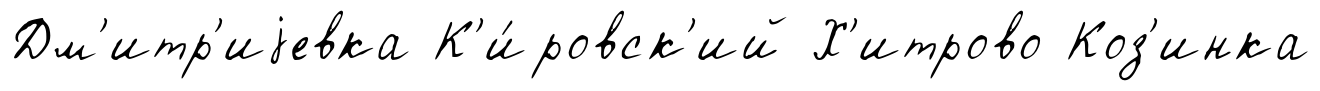
Дм'итр'иjевка К'и́ровск'ий Х'итрово Коз'инка